Scottish Certificate of Education, 1962
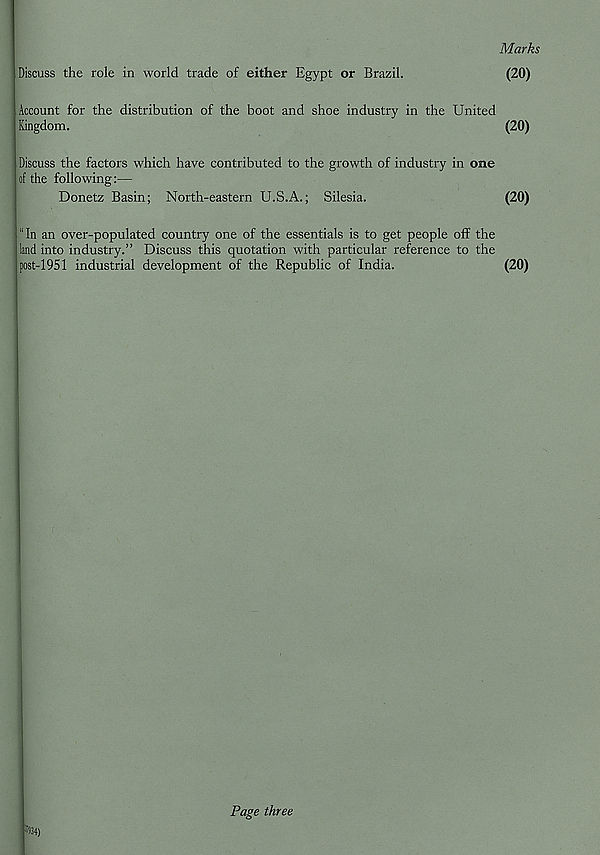
Marks
Discuss the role in world trade of either Egypt or Brazil.
(20)
Account for the distribution of the boot and shoe industry in the United
Kingdom.
(20)
Discuss the factors which have contributed to the growth of industry in one
of the following:—
Donetz Basin; North-eastern U.S.A.; Silesia.
(20)
“In an over-populated country one of the essentials is to get people off the
land into industry.” Discuss this quotation with particular reference to the
post-1951 industrial development of the Republic of India.
(20)
Page three
; ' 934)